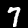
Digit: 7